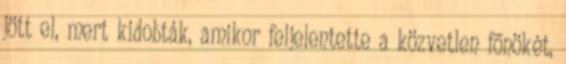
jött el, mert kidobták, amikor feljelentette a közvetlen főnökét,